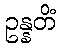
ဥန္နတိံ